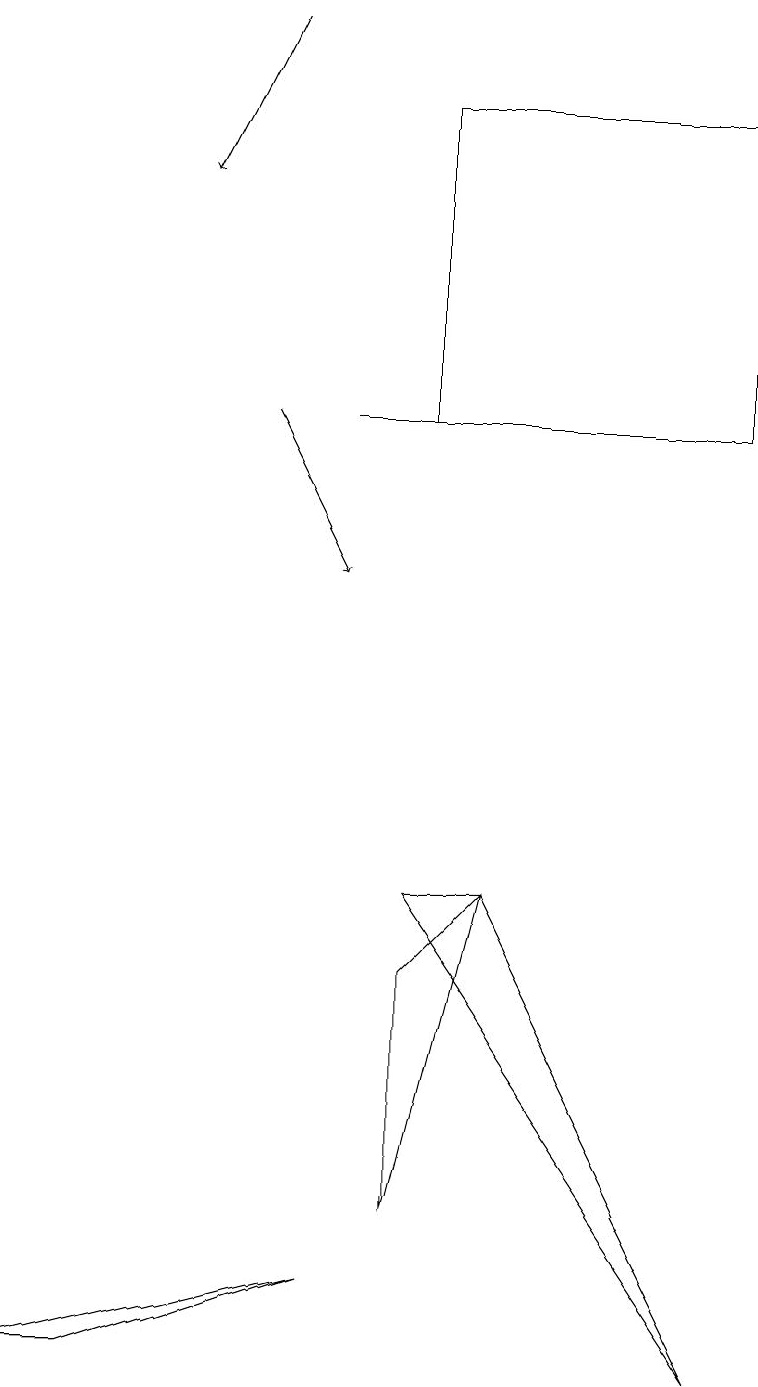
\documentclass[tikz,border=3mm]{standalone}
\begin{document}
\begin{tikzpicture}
\draw (1,1) -- (0,1) -- (4,2) -- cycle;
\draw[->] (3,18) -- (2,16);
\draw (7,13) rectangle (4,13);
\draw (6,7) -- (5,6) -- (5,3) -- cycle;
\draw (5,13) rectangle (9,17);
\draw (5,7) -- (9,1) -- (6,7) -- cycle;
\draw[->] (3,13) -- (4,11);
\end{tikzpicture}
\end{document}